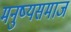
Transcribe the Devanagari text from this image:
मनुष्यसमाज